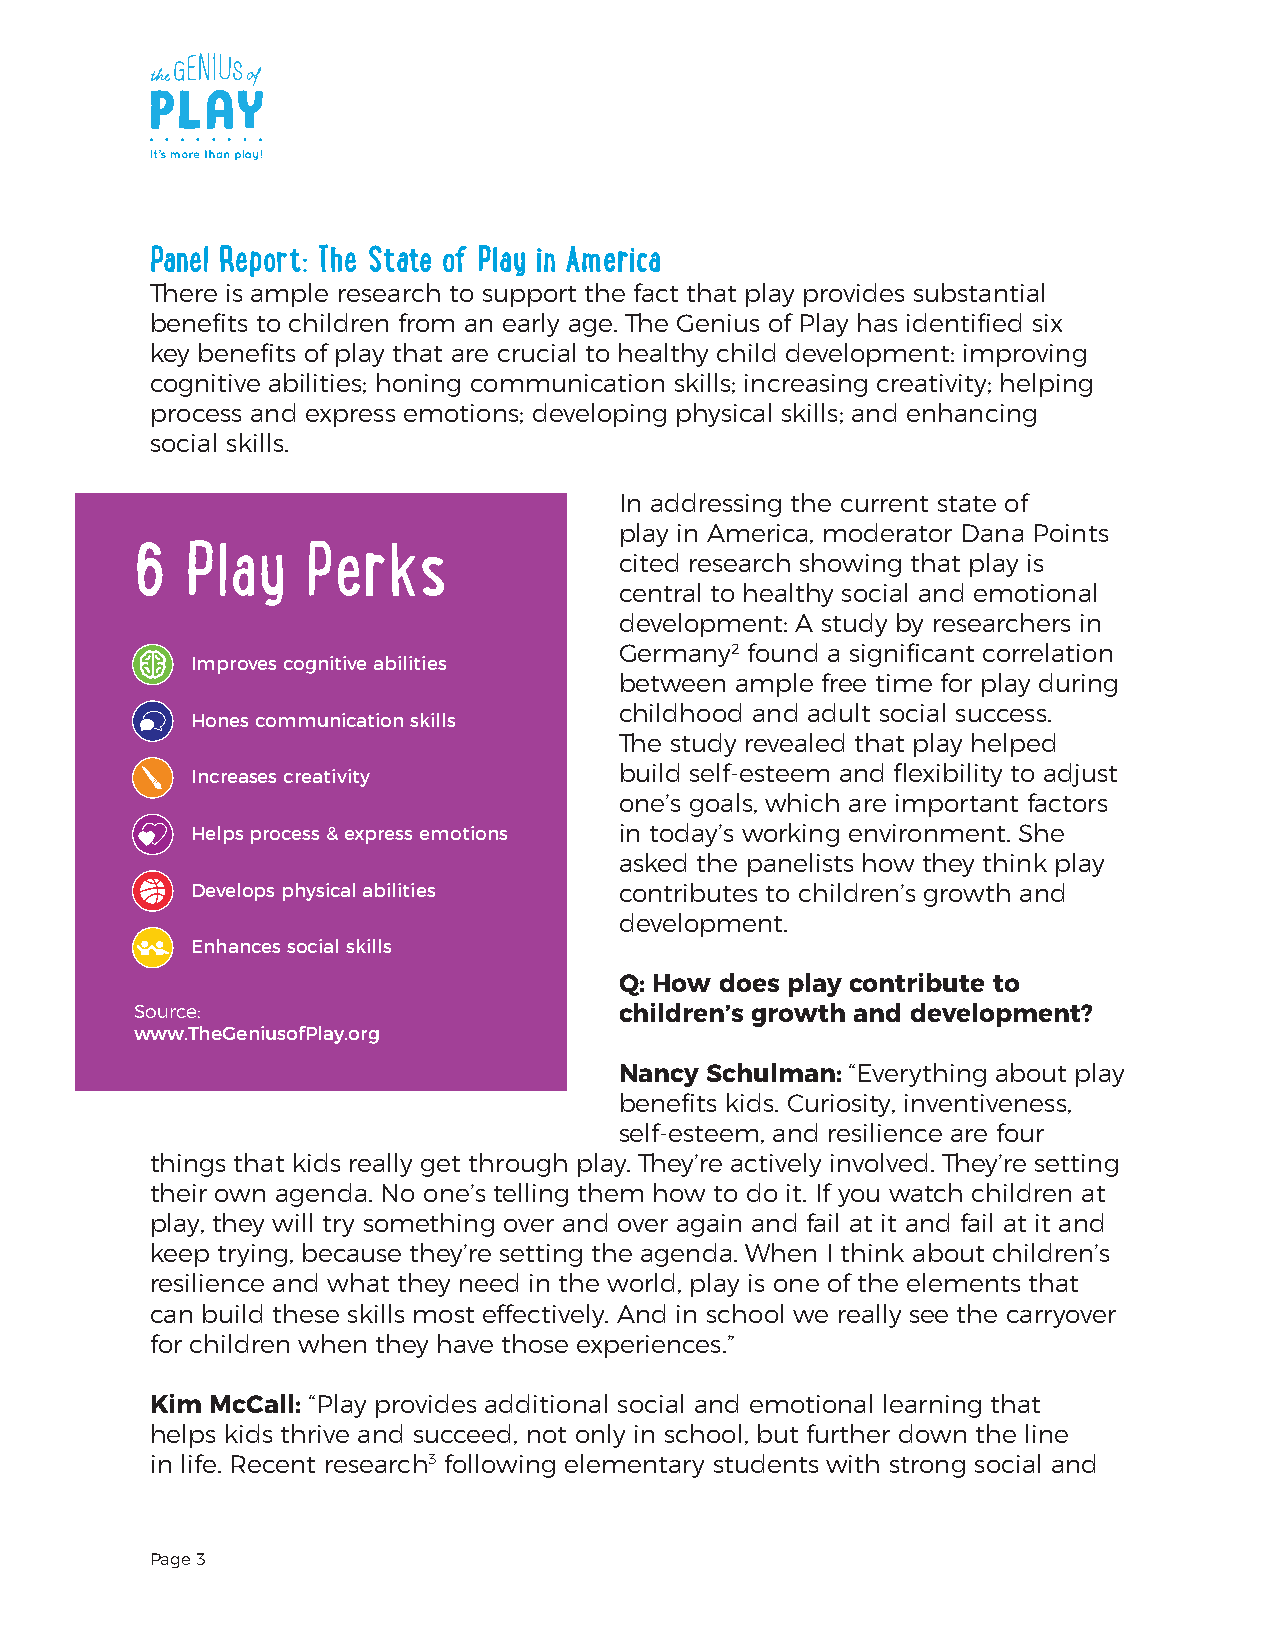
Panel Report: The State of Play in America
 There is ample research to support the fact that play provides substantial
 benefits to children from an early age. The Genius of Play has identified six
 key benefits of play that are crucial to healthy child development: improving
 cognitive abilities; honing communication skills; increasing creativity; helping
 process and express emotions; developing physical skills; and enhancing
 social skills.
 In addressing the current state of
 play in America, moderator Dana Points
 6  Play    Perks                cited research showing that play is
 central to healthy social and emotional
 development: A study by researchers in
 Germany2 found a significant correlation
 Improves cognitive abilities
 between ample free time for play during
 childhood and adult social success.
 Hones communication skills
 The study revealed that play helped
 Increases creativity        build self-esteem and flexibility to adjust
 one’s goals, which are important factors
 Helps process & express emotions in today’s working environment. She
 asked the panelists how they think play
 Develops physical abilities contributes to children’s growth and
 development.
 Enhances social skills
 Q: How does play contribute to
 Source:                         children’s growth and development?
 www.TheGeniusofPlay.org
 Nancy Schulman: “Everything about play
 benefits kids. Curiosity, inventiveness,
 self-esteem, and resilience are four
 things that kids really get through play. They’re actively involved. They’re setting
 their own agenda. No one’s telling them how to do it. If you watch children at
 play, they will try something over and over again and fail at it and fail at it and
 keep trying, because they’re setting the agenda. When I think about children’s
 resilience and what they need in the world, play is one of the elements that
 can build these skills most effectively. And in school we really see the carryover
 for children when they have those experiences.”
 Kim McCall: “Play provides additional social and emotional learning that
 helps kids thrive and succeed, not only in school, but further down the line
 in life. Recent research3 following elementary students with strong social and
 Page 3